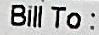
BILL TO: